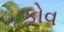
કોવ